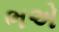
ભએ